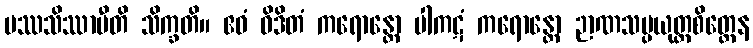
ပဿသိဿာမီတိ သိက္ခတိ။ ဧဝံ ဝိဒိတံ ကရောန္တော ပါကဋံ ကရောန္တော ဉာဏသမ္ပယုတ္တစိတ္တေန